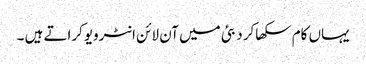
یہاں کام سکھاکر دبئی میں آن لائن انٹرویوکراتے ہیں ۔